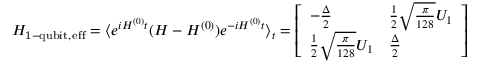
H _ { \mathrm { 1 - q u b i t , \, e f f } } = \langle e ^ { i H ^ { ( 0 ) } t } ( H - H ^ { ( 0 ) } ) e ^ { - i H ^ { ( 0 ) } t } \rangle _ { t } = \left[ \begin{array} { l l } { - \frac { \Delta } { 2 } } & { \frac { 1 } { 2 } \sqrt { \frac { \pi } { 1 2 8 } } U _ { 1 } } \\ { \frac { 1 } { 2 } \sqrt { \frac { \pi } { 1 2 8 } } U _ { 1 } } & { \frac { \Delta } { 2 } } \end{array} \right]